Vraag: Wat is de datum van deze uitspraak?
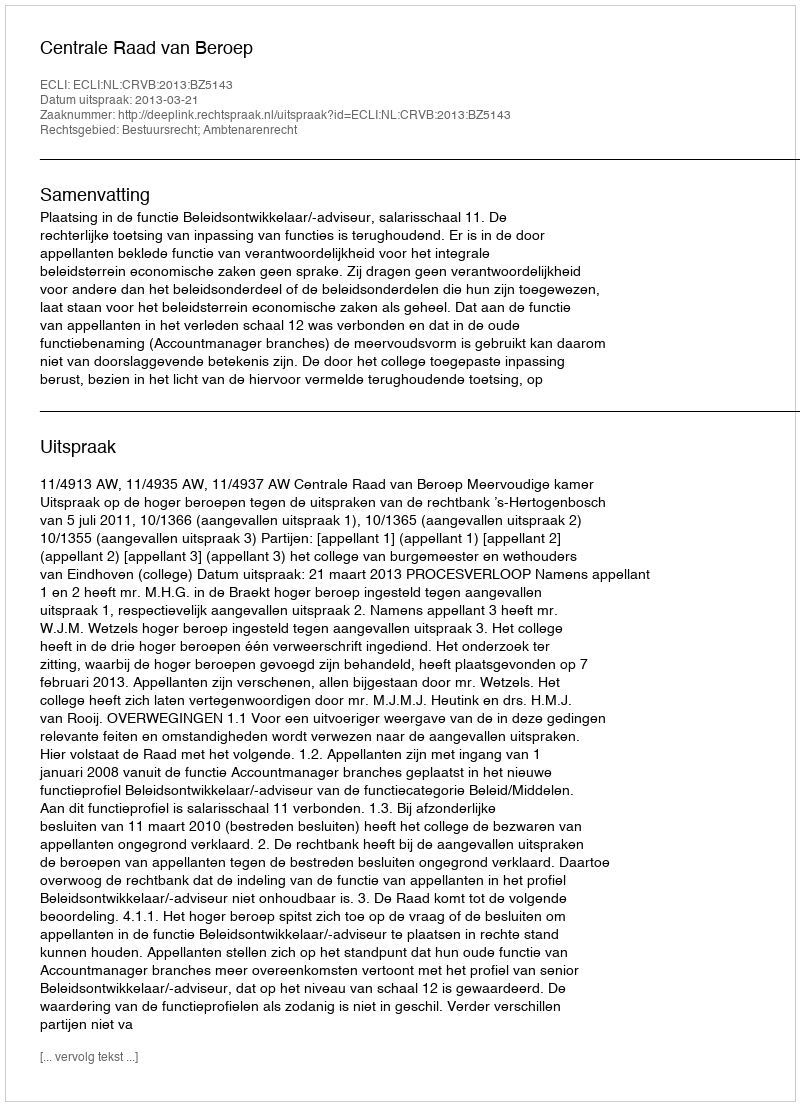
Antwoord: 2013-03-21